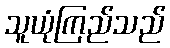
သူယုံကြည်သည်